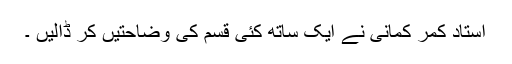
استاد کمر کمانی نے ایک ساتھ کئی قسم کی وضاحتیں کر ڈالیں ۔